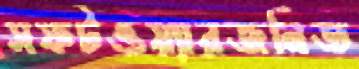
সফটওয়্যারজনিত